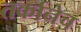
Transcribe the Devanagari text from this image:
तर्कानेच